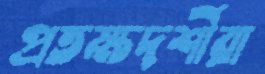
প্রতক্ষদর্শীরা